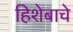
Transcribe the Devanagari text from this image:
हिशेबाचे